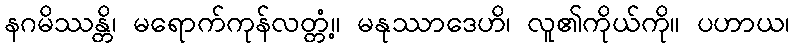
နဂမိဿန္တိ၊ မရောက်ကုန်လတ္တံ့။ မနုဿာဒေဟိ၊ လူ၏ကိုယ်ကို။ ပဟာယ၊